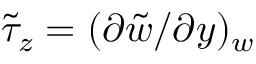
\tilde { \tau } _ { z } = ( \partial \tilde { w } / \partial y ) _ { w }